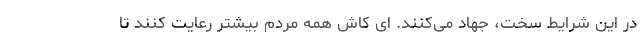
در این شرایط سخت، جهاد می‌کنند. ای کاش همه مردم بیشتر رعایت کنند تا